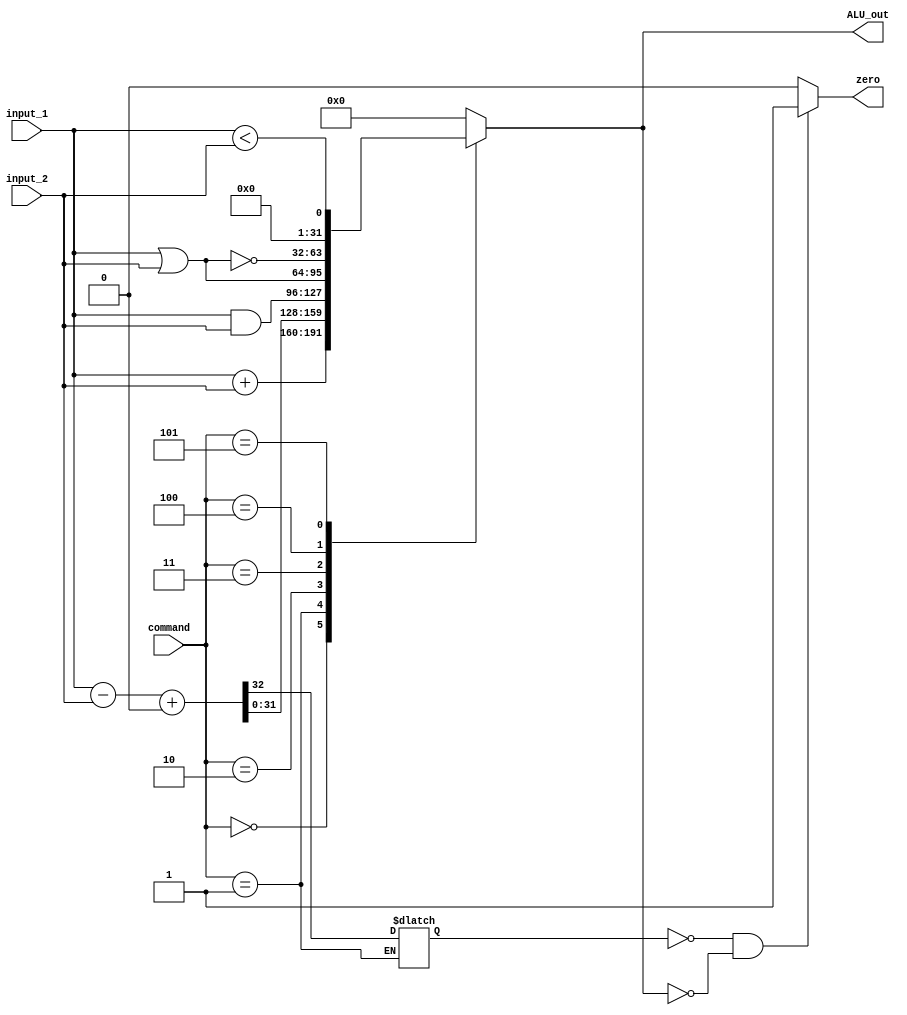
`timescale 1ns / 1ps

module ALU
#(parameter command_length = 3)
	(
	input wire [31 : 0] input_1,
	input wire [31 : 0] input_2,
	input wire [command_length - 1 : 0] command,
	
	output reg [31 : 0] ALU_out,
	output reg zero
    );
	
	localparam _add = 3'b000;
	localparam _sub = 3'b001;
	localparam _and = 3'b010;
	localparam _or = 3'b011;
	localparam _nor = 3'b100;
	localparam _SLT = 3'b101;
	
	reg carry_out;
	
	always @(*)
	begin
		case(command)
			_add : 
			begin
				ALU_out = input_1 + input_2;
			end
			_sub :
			begin
				{carry_out, ALU_out} = input_1 - input_2 + 33'b0;
			end
			_and :
			begin
				ALU_out = input_1 & input_2;
			end
			_or :
			begin
				ALU_out = (input_1 | input_2);
			end
			_nor :
			begin
				ALU_out = ~ (input_1 | input_2);
			end
			_SLT :
			begin
				ALU_out = (input_1 < input_2);
			end
			default:
			begin
				ALU_out = 0;
			end
				
		endcase
	end
	
	always @(*)
	begin
		if(carry_out == 0 && ALU_out == 0)
			zero = 1;
		else
			zero = 0;
	end

endmodule